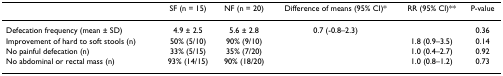
<table><thead><tr><td></td><td><b>SF (n = 15)</b></td><td><b>NF (n = 20)</b></td><td><b>Difference of means (95% CI)*</b></td><td><b>RR (95% CI)**</b></td><td><b>P-value</b></td></tr></thead><tbody><tr><td>Defecation frequency (mean ± SD)</td><td>4.9 ± 2.5</td><td>5.6 ± 2.8</td><td>0.7 (-0.8–2.3)</td><td></td><td>0.36</td></tr><tr><td>Improvement of hard to soft stools (n)</td><td>50% (5/10)</td><td>90% (9/10)</td><td></td><td>1.8 (0.9–3.5)</td><td>0.14</td></tr><tr><td>No painful defecation (n)</td><td>33% (5/15)</td><td>35% (7/20)</td><td></td><td>1.0 (0.4–2.7)</td><td>0.92</td></tr><tr><td>No abdominal or rectal mass (n)</td><td>93% (14/15)</td><td>90% (18/20)</td><td></td><td>1.0 (0.8–1.2)</td><td>0.73</td></tr></tbody></table>